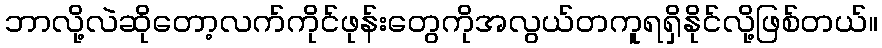
ဘာလို့လဲဆိုတော့လက်ကိုင်ဖုန်းတွေကိုအလွယ်တကူရရှိနိုင်လို့ဖြစ်တယ်။